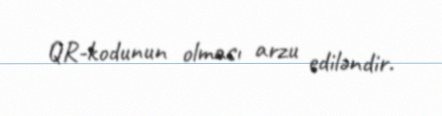
QR-kodunun olması arzu ediləndir.